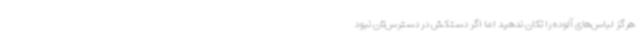
هرگز لباس‌های آلوده را تکان ندهید اما اگر دستکش در دسترس‌تان نبود